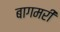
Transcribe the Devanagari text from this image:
बागमरी